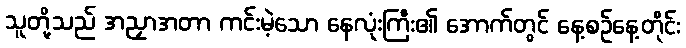
သူတို့သည် အညှာအတာ ကင်းမဲ့သော နေလုံးကြီး၏ အောက်တွင် နေ့စဉ်နေ့တိုင်း